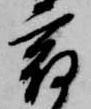
宿